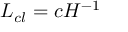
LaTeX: L _ { c l } = c H ^ { - 1 }